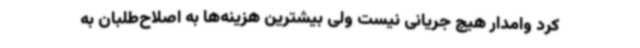
کرد وامدار هیچ جریانی نیست ولی بیشترین هزینه‌ها به اصلاح‌طلبان به